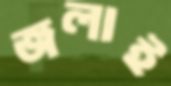
জলাই